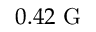
0 . 4 2 ~ \mathrm { { G } }